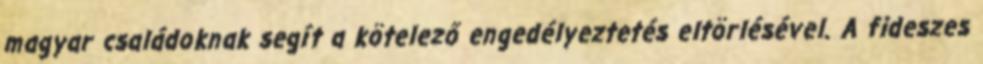
magyar családoknak segít a kötelező engedélyeztetés eltörlésével. A fideszes